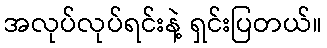
အလုပ်လုပ်ရင်းနဲ့ ရှင်းပြတယ်။